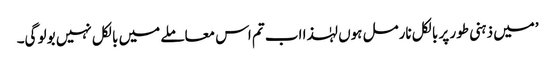
’میں ذہنی طور پر بالکل نارمل ہوں لہٰذا اب تم اس معاملے میں بالکل نہیں بولو گی۔